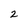
Character: 2